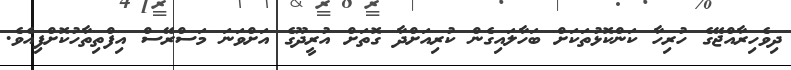
ދިވެހިރާއްޖޭގެ ހުރިހާ ކަންކޮޅުތަކަށް ބަހާލައިގެން ކުރިއަށްދާ ގޮތަށް އުރީދޫގެ އަށްވަނަ މަސްރޭސް އިފްތިތާހުކޮށްފިއެވެ.